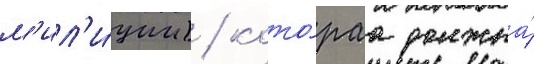
м'ил'и́ции) / кото́раа должна́